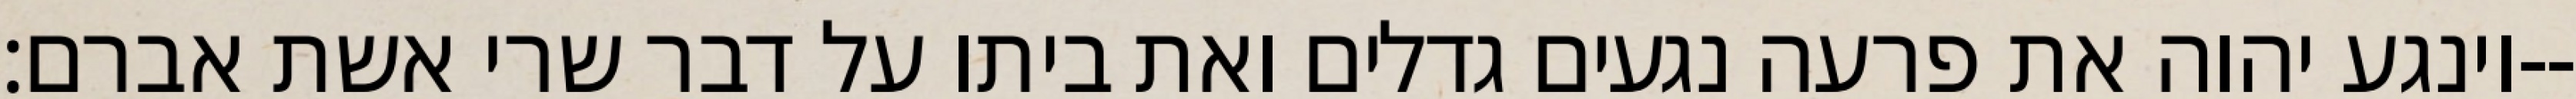
וינגע יהוה את פרעה נגעים גדלים ואת ביתו על דבר שרי אשת אברם׃--